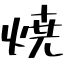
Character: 焼